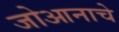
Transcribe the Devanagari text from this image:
जोआनाचे